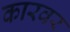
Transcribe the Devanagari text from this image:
कारवर